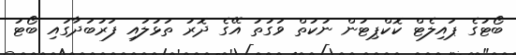
ބޯޓުގެ ޕައިލެޓް ކޮކްޕިޓުން ނުކުތް ވަގުތު އޭގެ ދޮރު ތަޅުލައި ފަރުބަދާގައި ބޯޓު